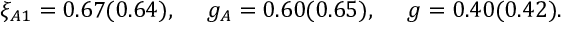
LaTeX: \xi _ { A 1 } = 0 . 6 7 ( 0 . 6 4 ) , ~ ~ ~ ~ g _ { A } = 0 . 6 0 ( 0 . 6 5 ) , ~ ~ ~ ~ g = 0 . 4 0 ( 0 . 4 2 ) .